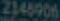
2148906